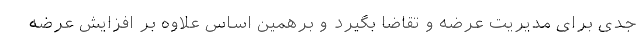
جدی برای مدیریت عرضه و تقاضا بگیرد و برهمین اساس علاوه بر افزایش عرضه